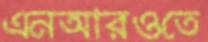
এনআরওতে